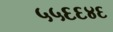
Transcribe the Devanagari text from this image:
५५६६४६